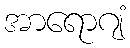
အာရောဂျံ